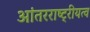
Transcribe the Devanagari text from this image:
आंतरराष्ट्रीयत्व